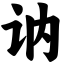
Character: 讷